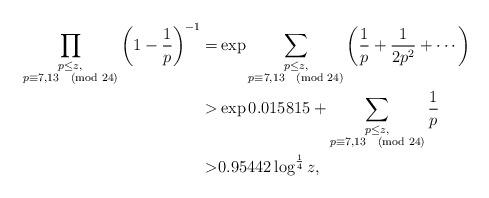
LaTeX: \begin{align*}\prod_{\substack{p\leq z,\\ p\equiv 7, 13\pmod{24}}}\left(1-\frac{1}{p}\right)^{-1}= & \exp\sum_{\substack{p\leq z,\\ p\equiv 7, 13\pmod{24}}}\left(\frac{1}{p}+\frac{1}{2p^2}+\cdots \right) \\> & \exp 0.015815+\sum_{\substack{p\leq z,\\ p\equiv 7, 13\pmod{24}}}\frac{1}{p} \\> & 0.95442\log^\frac{1}{4} z,\end{align*}